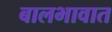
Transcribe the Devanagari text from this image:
बालभावात